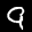
Label: 9